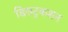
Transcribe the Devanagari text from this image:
डिसट्रकशन